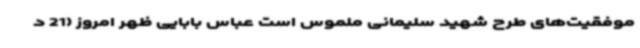
موفقیت‌های طرح شهید سلیمانی ملموس است عباس بابایی ظهر امروز (21 د